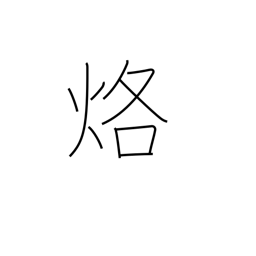
Meaning: burn